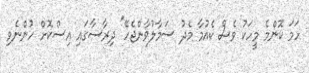
ހަމަ ކޮންމެ މީހަކު ވެސް ކެއުމާ މެދު ސަމާލުވާންޖެހޭ" ދިރާސާގައި އިސްކޮށް ހުންނެވި